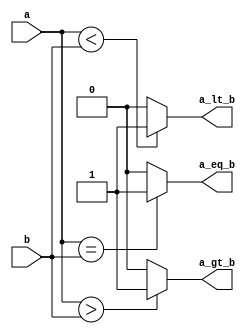
module comparator_2bit (a, b, a_gt_b, a_eq_b, a_lt_b);
    input [1:0] a, b;
    output a_gt_b, a_eq_b, a_lt_b;

    assign a_gt_b = (a > b) ? 1'b1 : 1'b0;
    assign a_eq_b = (a == b) ? 1'b1 : 1'b0;
    assign a_lt_b = (a < b) ? 1'b1 :1'b0;

endmodule

module testbench;
    reg [1:0] a, b;
    wire a_gt_b, a_eq_b, a_lt_b;

    initial
            begin
                $monitor("a:%d b:%d, a>b:%b, a=b:%b, a<b:%b", a, b, a_gt_b, a_eq_b, a_lt_b);
                a <= 0;
                b <= 0;
                #15 $finish;
            end
        
    always #1 a <= a + 1;
    always #4 b <= b + 1;
    
    comparator_2bit inst0 (a, b, a_gt_b, a_eq_b, a_lt_b);
endmodule